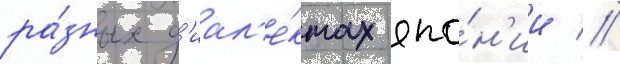
ра́зных д'иал'е́ктах япо́н'ии //